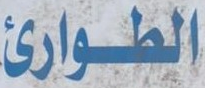
الطوارئ